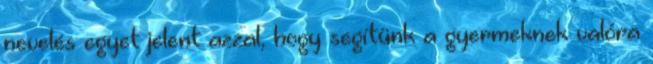
nevelés egyet jelent azzal, hogy segítünk a gyermeknek valóra